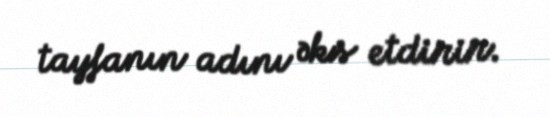
tayfanın adını əks etdirir.